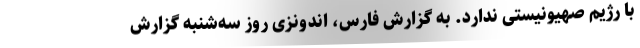
با رژیم صهیونیستی ندارد. به گزارش فارس، اندونزی روز سه‌شنبه گزارش